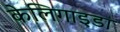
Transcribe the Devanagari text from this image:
केलिगाइडा